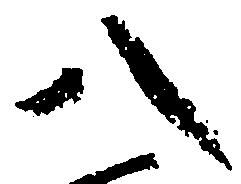
八